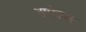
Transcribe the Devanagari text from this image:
अपेक्स